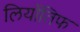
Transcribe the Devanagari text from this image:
लियोंतिफ